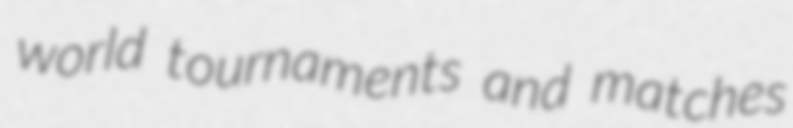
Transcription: world tournaments and matches